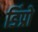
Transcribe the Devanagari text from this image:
डिंप्रो